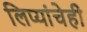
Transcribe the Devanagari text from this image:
लिप्यांचेही